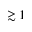
\gtrsim 1